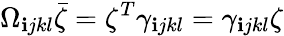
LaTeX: \Omega_{\mathbf{i}jkl}\bar{{\zeta}}=\zeta^{T}\gamma_{\mathbf{i}jkl}=\gamma_{\mathbf{i}jkl}\zeta